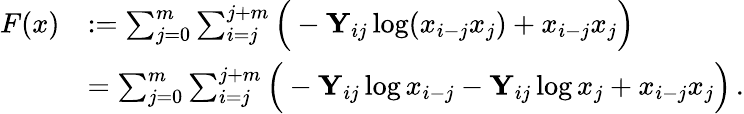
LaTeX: \begin{array}{rl}{F(x)}&{:=\sum_{j=0}^{m}\sum_{i=j}^{j+m}\Big(-\mathbf{Y}_{ij}\log(x_{i-j}x_{j})+x_{i-j}x_{j}\Big)}\\ &{=\sum_{j=0}^{m}\sum_{i=j}^{j+m}\Big(-\mathbf{Y}_{ij}\log x_{i-j}-\mathbf{Y}_{ij}\log x_{j}+x_{i-j}x_{j}\Big)\, .}\end{array}